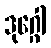
ဒုဂ္ဂေါ